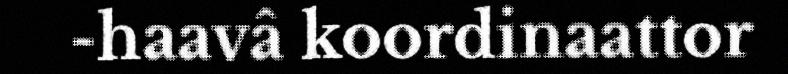
-haavâ koordinaattor